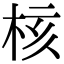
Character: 核